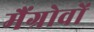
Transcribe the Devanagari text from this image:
मैंग्रोवों